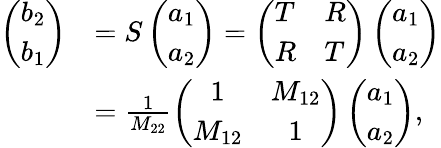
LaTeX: \begin{array}{rl}{\left(\begin{array}{l}{b_{2}}\\ {b_{1}}\end{array}\right)}&{=S\left(\begin{array}{l}{a_{1}}\\ {a_{2}}\end{array}\right)=\left(\begin{array}{ll}{T}&{R}\\ {R}&{T}\end{array}\right)\left(\begin{array}{l}{a_{1}}\\ {a_{2}}\end{array}\right)}\\ &{=\frac{1}{M_{22}}\left(\begin{array}{cc}{1}&{M_{12}}\\ {M_{12}}&{1}\end{array}\right)\left(\begin{array}{l}{a_{1}}\\ {a_{2}}\end{array}\right),}\end{array}